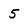
Character: 5